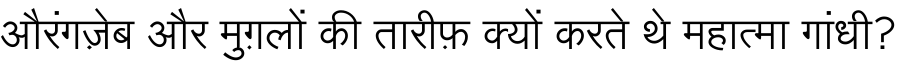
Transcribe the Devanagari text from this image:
औरंगज़ेब और मुग़लों की तारीफ़ क्यों करते थे महात्मा गांधी?